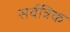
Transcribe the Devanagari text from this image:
सर्वत्रिक